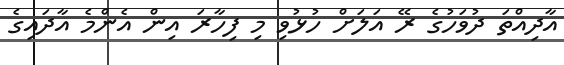
އާދިއްތަ ދުވަހުގެ ރޭ އަލަށް ހުޅުވި މި ފިހާރަ އިން އެންމެ އާދައިގެ